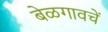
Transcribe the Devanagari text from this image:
बेळगावचें